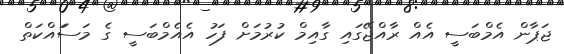
ޖަޕާން އެމްބަސީ އެއް ރާއްޖޭގައި ގާއިމް ކުރުމަށް ފަހު އެއެމްބަސީ ގެ މަސަައްކަތް